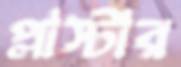
প্লাস্টার